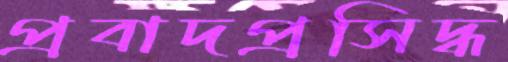
প্রবাদপ্রসিদ্ধ